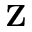
{ \bf Z }